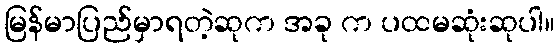
မြန်မာပြည်မှာရတဲ့ဆုက အခု က ပထမဆုံးဆုပါ။